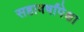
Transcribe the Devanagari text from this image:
सहावर्षांपेक्षा